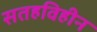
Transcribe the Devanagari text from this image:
सतहविहीन